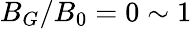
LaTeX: B_{G}/B_{0}=0\sim 1